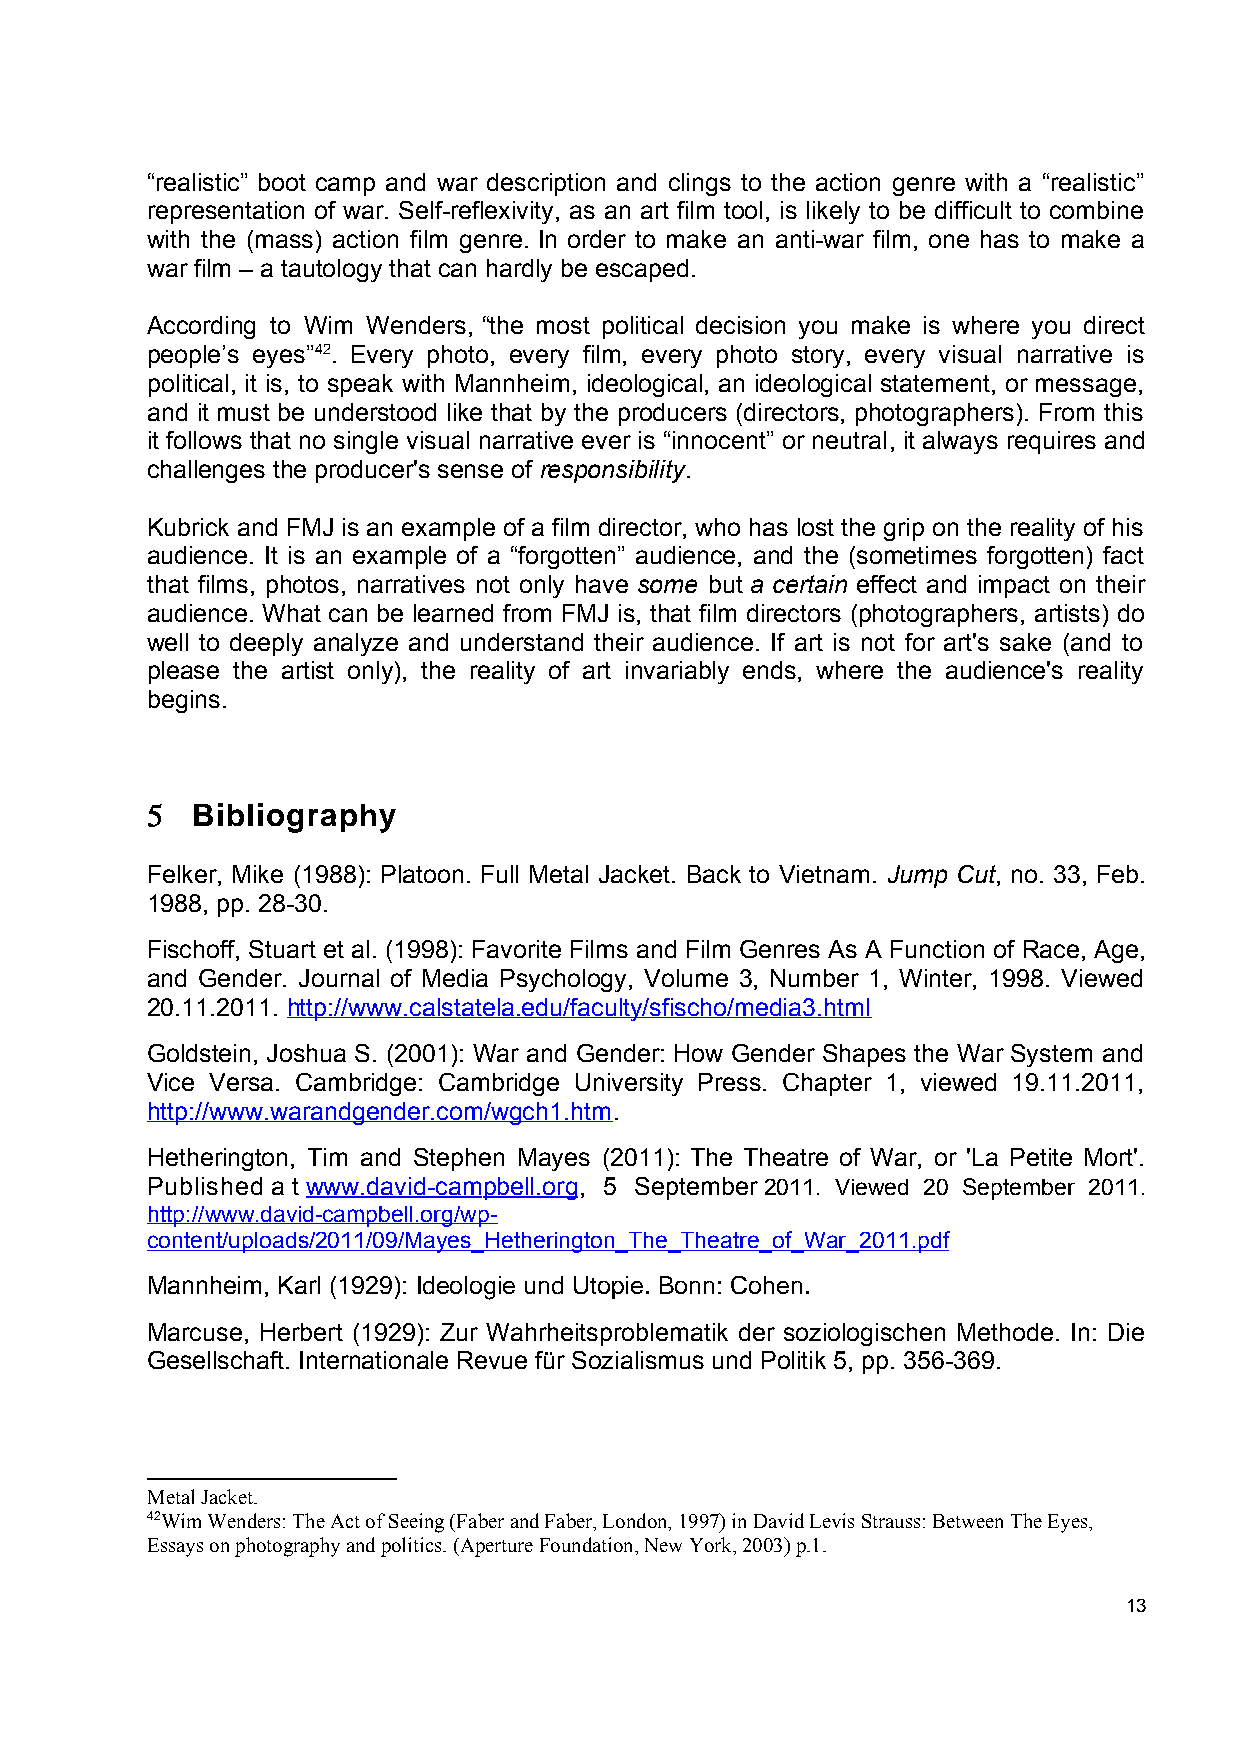
“realistic” boot camp and war description and clings to the action genre with a “realistic”
 representation of war. Self-reflexivity, as an art film tool, is likely to be difficult to combine
 with the (mass) action film genre. In order to make an anti-war film, one has to make a
 war film – a tautology that can hardly be escaped.
 According to Wim Wenders, “the most political decision you make is where you direct
 people’s eyes”42. Every photo, every film, every photo story, every visual narrative is
 political, it is, to speak with Mannheim, ideological, an ideological statement, or message,
 and it must be understood like that by the producers (directors, photographers). From this
 it follows that no single visual narrative ever is “innocent” or neutral, it always requires and
 challenges the producer's sense of responsibility.
 Kubrick and FMJ is an example of a film director, who has lost the grip on the reality of his
 audience. It is an example of a “forgotten” audience, and the (sometimes forgotten) fact
 that films, photos, narratives not only have some but a certain effect and impact on their
 audience. What can be learned from FMJ is, that film directors (photographers, artists) do
 well to deeply analyze and understand their audience. If art is not for art's sake (and to
 please the artist only), the reality of art invariably ends, where the audience's reality
 begins.
 5  Bibliography
 Felker, Mike (1988): Platoon. Full Metal Jacket. Back to Vietnam. Jump Cut, no. 33, Feb.
 1988, pp. 28-30.
 Fischoff, Stuart et al. (1998): Favorite Films and Film Genres As A Function of Race, Age,
 and Gender. Journal of Media Psychology, Volume 3, Number 1, Winter, 1998. Viewed
 20.11.2011. http://www.calstatela.edu/faculty/sfischo/media3.html
 Goldstein, Joshua S. (2001): War and Gender: How Gender Shapes the War System and
 Vice Versa. Cambridge: Cambridge University Press. Chapter 1, viewed 19.11.2011,
 http://www.warandgender.com/wgch1.htm.
 Hetherington, Tim and Stephen Mayes (2011): The Theatre of War, or 'La Petite Mort'.
 Published a t w ww.david-campbell.org, 5 September 2011. Viewed 20 September 2011.
 http://www.david-campbell.org/wp-
 content/uploads/2011/09/Mayes_Hetherington_The_Theatre_of_War_2011.pdf
 Mannheim, Karl (1929): Ideologie und Utopie. Bonn: Cohen.
 Marcuse, Herbert (1929): Zur Wahrheitsproblematik der soziologischen Methode. In: Die
 Gesellschaft. Internationale Revue für Sozialismus und Politik 5, pp. 356-369.
 Metal Jacket.
 42Wim Wenders: The Act of Seeing (Faber and Faber, London, 1997) in David Levis Strauss: Between The Eyes,
 Essays on photography and politics. (Aperture Foundation, New York, 2003) p.1.
 13